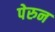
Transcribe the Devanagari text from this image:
पेरुन